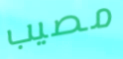
مصيب